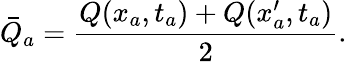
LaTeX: \bar{Q}_{a}=\frac{Q(x_{a},t_{a})+Q(x_{a}^{\prime},t_{a})}{2}.